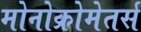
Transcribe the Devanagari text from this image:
मोनोक्रोमेतर्स